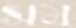
সম